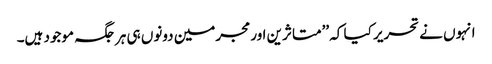
انہوں نے تحریر کیا کہ ’’متاثرین اور مجرمین دونوں ہی ہرجگہ موجود ہیں۔